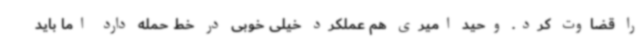
را قضاوت کرد. وحید امیری هم عملکرد خیلی خوبی در خط حمله دارد اما باید